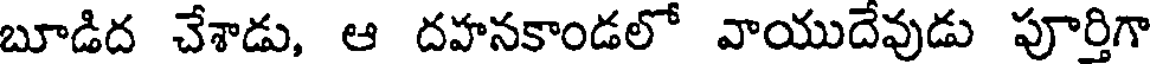
బూడిద చేశాడు, ఆ దహనకాండలో వాయుదేవుడు పూర్తిగా